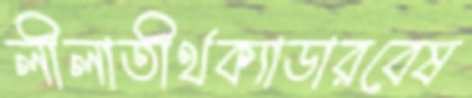
লীলাতীর্থক্যাডারবেষ